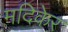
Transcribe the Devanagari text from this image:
मदिकेर